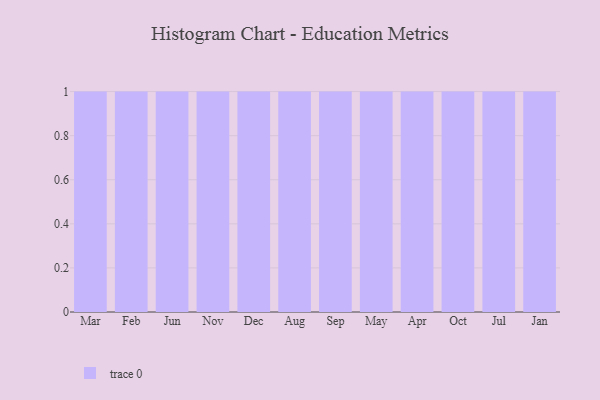
{"axis": {"x": "Month", "y": "Headcount"}, "legend": [""], "data": [{"x": "Mar", "y": 57, "type": ""}, {"x": "Feb", "y": 39, "type": ""}, {"x": "Jun", "y": 11, "type": ""}, {"x": "Nov", "y": 58, "type": ""}, {"x": "Dec", "y": 78, "type": ""}, {"x": "Aug", "y": 100, "type": ""}, {"x": "Sep", "y": 98, "type": ""}, {"x": "May", "y": 54, "type": ""}, {"x": "Apr", "y": 32, "type": ""}, {"x": "Oct", "y": 4, "type": ""}, {"x": "Jul", "y": 43, "type": ""}, {"x": "Jan", "y": 23, "type": ""}]}